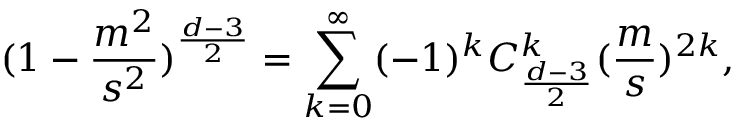
( 1 - \frac { m ^ { 2 } } { s ^ { 2 } } ) ^ { \frac { d - 3 } { 2 } } = \sum _ { k = 0 } ^ { \infty } ( - 1 ) ^ { k } C _ { \frac { d - 3 } { 2 } } ^ { k } ( \frac { m } { s } ) ^ { 2 k } ,